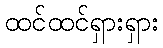
ထင်ထင်ရှားရှား